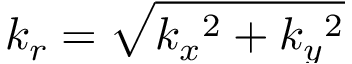
{ k } _ { { r } } = \sqrt { \smash { k _ { x } } ^ { 2 } + \smash { k _ { y } } ^ { 2 } }